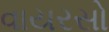
વાયરસો